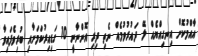
އާއްމުކޮށް އިނގިއްޔެއް ލޭ ދައުރުވުމެއް ނެތި ދިރި އޮންނާނީ 10 ގަޑިއިރުކަމަށާއި ބުރިވެފައިވާ